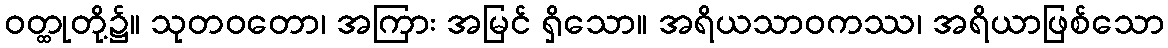
ဝတ္ထုတို့၌။ သုတဝတော၊ အကြား အမြင် ရှိသော။ အရိယသာဝကဿ၊ အရိယာဖြစ်သော